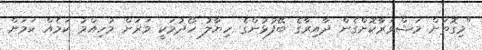
"މިގޮތަށް މަޝްވަރާކޮށްގެން ދާއިރާގެ ބޭފުޅުންގެ ހިޔާލު ހޯދުމަކީ ވަރަށް މުހިއްމު ކަމެއް ކަމަށް